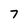
Character: 7